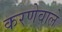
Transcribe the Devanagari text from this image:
करणेवाले